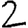
Digit: 2